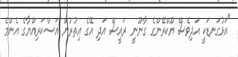
"އަޅުގަނޑަކީ އަދިވެސް ޔޫކްރޭންގެ ގާނޫނީ ރައީސް އަދި އޭގެ އިތުރުން އަސްކަރިއްޔާގެ އެންމެ